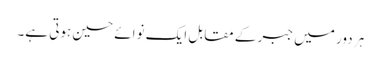
ہر دور میں جبر کے مقابل ایک نوائے حسین ہوتی ہے۔